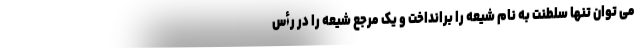
می توان تنها سلطنت به نام شیعه را برانداخت و یک مرجع شیعه را در رأس